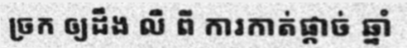
ច្រក ឲ្យដឹង លឺ ពី ការកាត់ផ្តាច់ ឆ្នាំ